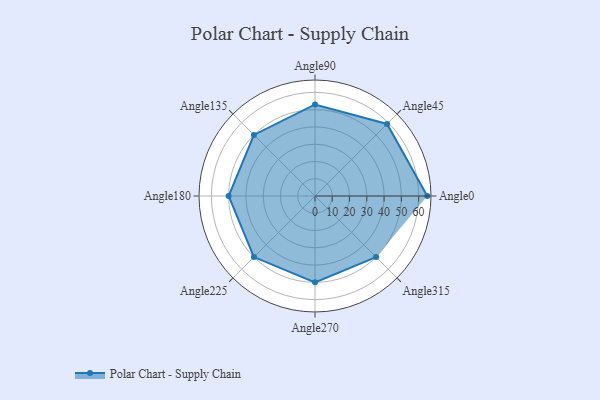
{"axis": {"x": "Angle", "y": "Radius"}, "legend": [""], "data": [{"x": "Angle0", "y": 65.0, "type": ""}, {"x": "Angle45", "y": 59.0, "type": ""}, {"x": "Angle90", "y": 53.0, "type": ""}, {"x": "Angle135", "y": 50, "type": ""}, {"x": "Angle180", "y": 50, "type": ""}, {"x": "Angle225", "y": 50, "type": ""}, {"x": "Angle270", "y": 50, "type": ""}, {"x": "Angle315", "y": 50, "type": ""}]}